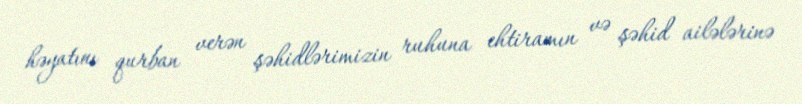
həyatını qurban verən şəhidlərimizin ruhuna ehtiramın və şəhid ailələrinə